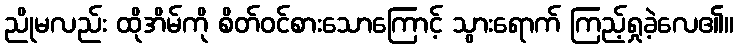
ညိုမလည်း ထိုအိမ်ကို စိတ်ဝင်စားသောကြောင့် သွားရောက် ကြည့်ရှုခဲ့လေ၏။